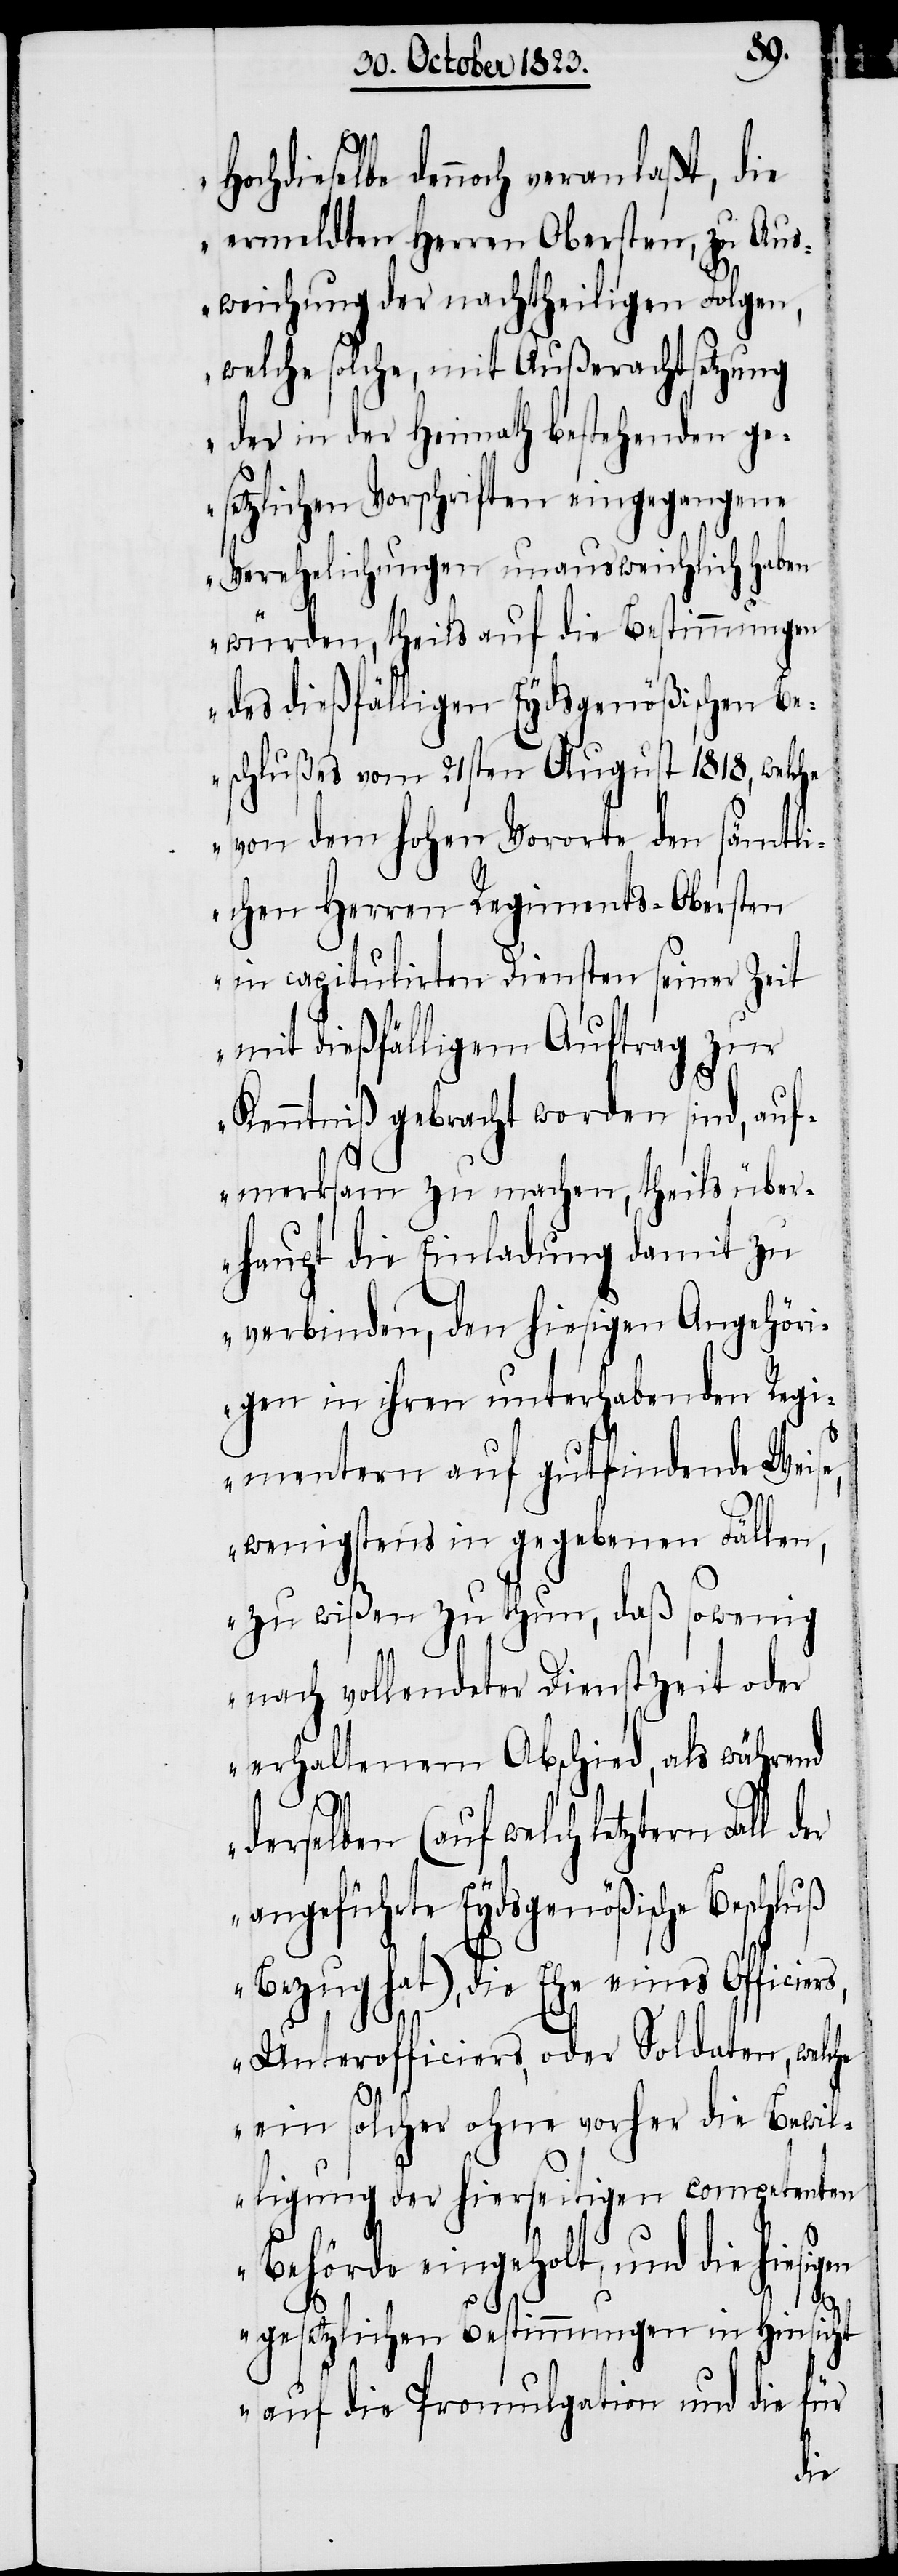
Hochdieselbe dennoch veranlaßt, die
ermeldten Herren Obersten, zu Au¬
sweichung der nachtheiligen Folgen,
welche solche, mit Außerachtsetzung
der in der Heimath bestehenden ge¬
setzlichen Vorschriften eingegangene
Verehelichungen unausweichlich haben
würden, theils auf die Bestimmungen
des dießfälligen Eydsgenößischen Be¬
schlußes vom 21sten August 1818, welche
von dem hohen Vororte den sämtl¬
ichen Herren Regiments-Obersten
in capitulirten Diensten seiner Zeit
mit dießfälligem Auftrag zur
Kenntniß gebracht worden sind, auf¬
merksam zu machen, theils über¬
haupt die Einladung damit zu
verbinden, den hiesigen Angehöri¬
gen in ihren unterhabenden Regi¬
mentern auf gutfindende Weise,
wenigstens in gegebenen Fällen,
zu wißen zu thun, daß sowenig
nach vollendeter Dienstzeit oder
erhaltenem Abschied, als während
derselben (auf welch letztern Fall
angeführte Eydsgenößische
Bezug hat), die Ehe eines Officier¬
s, Unterofficiers, oder Soldaten, welche
ein solcher ohne vorher die Bewil¬
ligung der hierseitigen competenten
Behörde eingeholt, und die hiesig¬
der
en
gesetzlichen Bestimmungen in Hinsicht
auf die Promulgation und die für